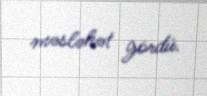
məsləhət gördü.